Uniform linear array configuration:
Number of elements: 48
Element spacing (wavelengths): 0.25
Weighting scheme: uniform
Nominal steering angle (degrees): -60
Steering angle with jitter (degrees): -59.905
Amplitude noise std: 0.05
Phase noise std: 0.05

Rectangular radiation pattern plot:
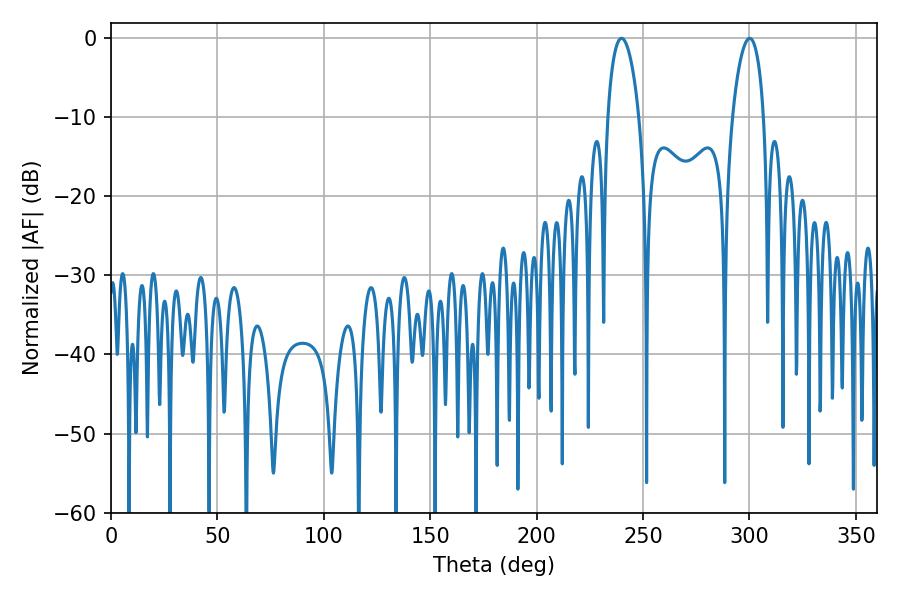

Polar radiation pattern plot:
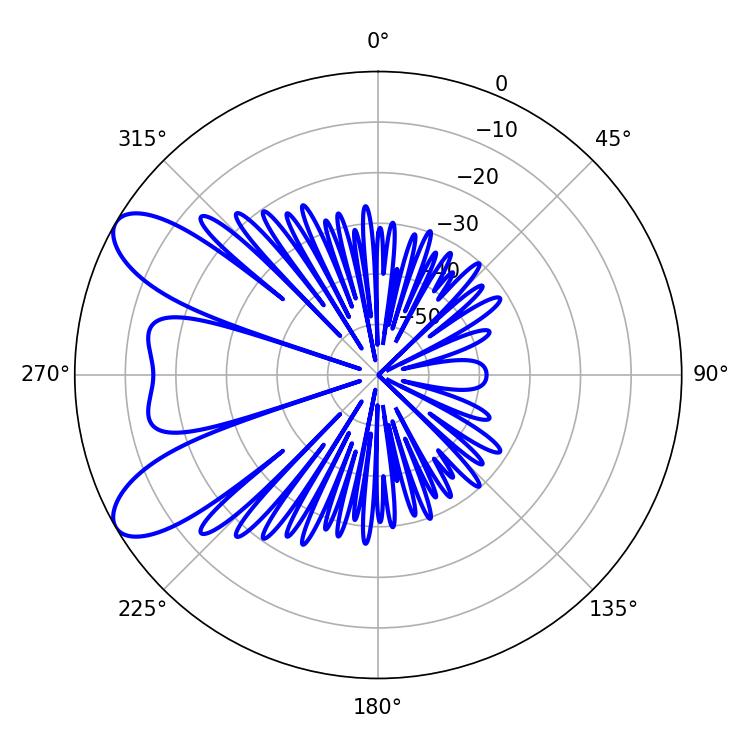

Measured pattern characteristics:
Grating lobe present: FALSE
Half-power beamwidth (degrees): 8.28
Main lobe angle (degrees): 300.06